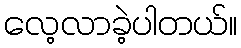
လေ့လာခဲ့ပါတယ်။